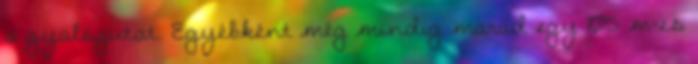
a gyalogutat. Egyébként még mindig marad egy 105 m-es